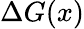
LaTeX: \Delta G(x)